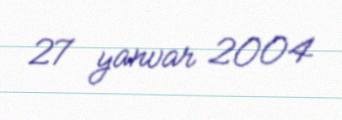
27 yanvar 2004